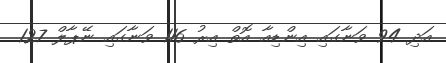
އަދި 94 ވަނާގައި އިންޑިއާ އޮތް އިރު 116 ވަނާގައި ނޭޕާލް 127